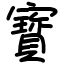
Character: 寳